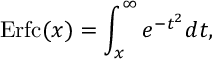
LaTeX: \mathrm { E r f c } ( x ) = \int _ { x } ^ { \infty } e ^ { - t ^ { 2 } } d t ,